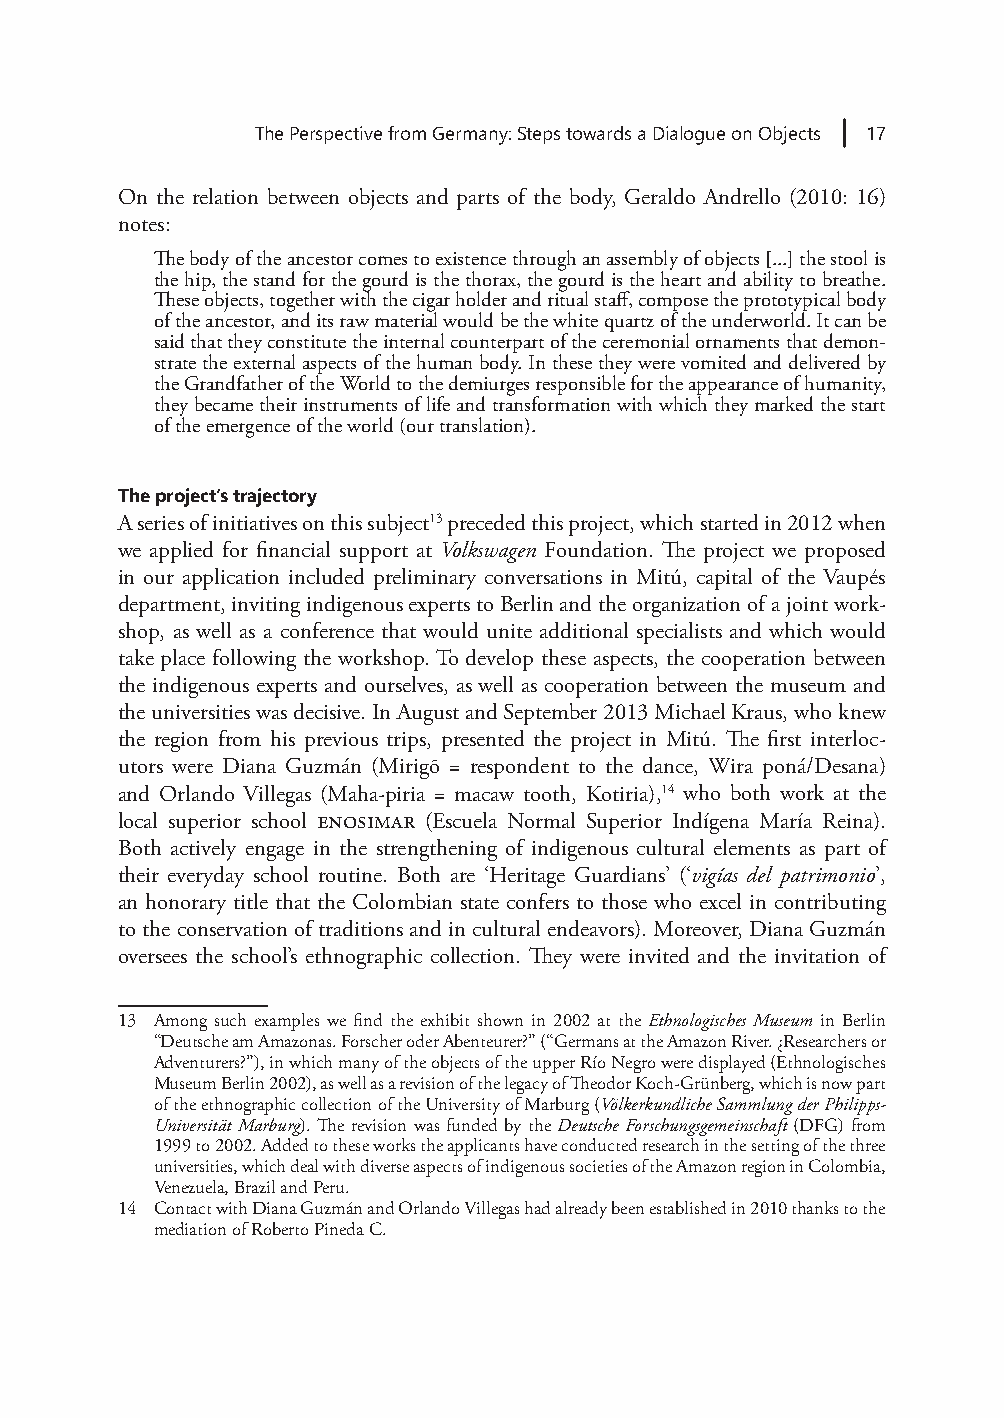
The Perspective from Germany: Steps towards a Dialogue on Objects 17
 On the relation between objects and parts of the body, Geraldo Andrello (2010: 16)
 notes:
 The body of the ancestor comes to existence through an assembly of objects [...] the stool is
 the hip, the stand for the gourd is the thorax, the gourd is the heart and ability to breathe.
 These objects, together with the cigar holder and ritual staff, compose the prototypical body
 of the ancestor, and its raw material would be the white quartz of the underworld. It can be
 said that they constitute the internal counterpart of the ceremonial ornaments that demon-
 strate the external aspects of the human body. In these they were vomited and delivered by
 the Grandfather of the World to the demiurges responsible for the appearance of humanity,
 they became their instruments of life and transformation with which they marked the start
 of the emergence of the world (our translation).
 The project’s trajectory
 A series of initiatives on this subject13 preceded this project, which started in 2012 when
 we applied for financial support at Volkswagen Foundation. The project we proposed
 in our application included preliminary conversations in Mitú, capital of the Vaupés
 department, inviting indigenous experts to Berlin and the organization of a joint work-
 shop, as well as a conference that would unite additional specialists and which would
 take place following the workshop. To develop these aspects, the cooperation between
 the indigenous experts and ourselves, as well as cooperation between the museum and
 the universities was decisive. In August and September 2013 Michael Kraus, who knew
 the region from his previous trips, presented the project in Mitú. The first interloc-
 utors were Diana Guzmán (Mirigõ = respondent to the dance, Wira poná/Desana)
 and Orlando Villegas (Maha-piria = macaw tooth, Kotiria),14 who both work at the
 local superior school ENOSIMAR (Escuela Normal Superior Indígena María Reina).
 Both actively engage in the strengthening of indigenous cultural elements as part of
 their everyday school routine. Both are ‘Heritage Guardians’ (‘vigías del patrimonio’,
 an honorary title that the Colombian state confers to those who excel in contributing
 to the conservation of traditions and in cultural endeavors). Moreover, Diana Guzmán
 oversees the school’s ethnographic collection. They were invited and the invitation of
 13 Among such examples we find the exhibit shown in 2002 at the Ethnologisches Museum in Berlin
 “Deutsche am Amazonas. Forscher oder Abenteurer?” (“Germans at the Amazon River. ¿Researchers or
 Adventurers?”), in which many of the objects of the upper Río Negro were displayed (Ethnologisches
 Museum Berlin 2002), as well as a revision of the legacy of Theodor Koch-Grünberg, which is now part
 of the ethnographic collection of the University of Marburg (Völkerkundliche Sammlung der Philipps-
 Universität Marburg). The revision was funded by the Deutsche Forschungsgemeinschaft (DFG) from
 1999 to 2002. Added to these works the applicants have conducted research in the setting of the three
 universities, which deal with diverse aspects of indigenous societies of the Amazon region in Colombia,
 Venezuela, Brazil and Peru.
 14 Contact with Diana Guzmán and Orlando Villegas had already been established in 2010 thanks to the
 mediation of Roberto Pineda C.